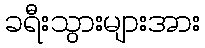
ခရီးသွားများအား